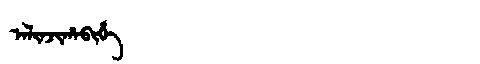
Manchu: ᠠᠯᡳᠨᠵᡳᡥᠠᠪᡳᡥᡝ
Romanization: ALINJIHABIHE